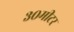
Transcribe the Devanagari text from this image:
३०मीटर